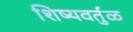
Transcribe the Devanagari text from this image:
शिष्यवर्तुळ